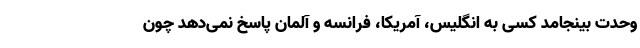
وحدت بینجامد کسی به انگلیس، آمریکا، فرانسه و آلمان پاسخ نمی‌دهد چون